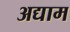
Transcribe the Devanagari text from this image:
अद्याम